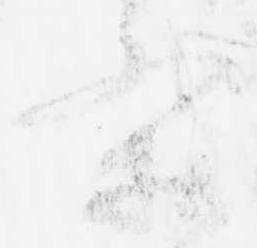
条